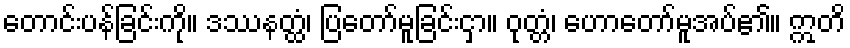
တောင်းပန်ခြင်းကို။ ဒဿနတ္ထံ၊ ပြတော်မူခြင်းငှာ။ ဝုတ္တံ၊ ဟောတော်မူအပ်၏။ ဣတိ